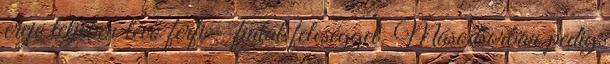
ereje teljében lévő férfi - fiatal feleséggel. Másodsorban pedig